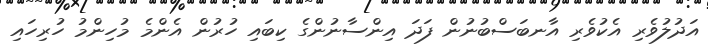
އަދުލުވެރި އެކުވެރި އާނބަސްބުނުން ފަދަ އިންސާނުންގެ ކިބައި ހުރުން އެންމެ މުހިންމު ހުރިހައި